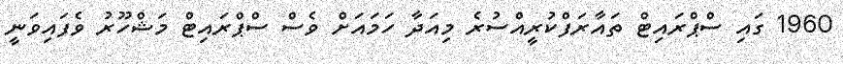
1960 ގައި ސްޕްރައިޓް ތައާރަފްކުރީއްސުރެ މިއަދާ ހަމައަށް ވެސް ސްޕްރައިޓް މަޝްހޫރު ވެފައިވަނީ